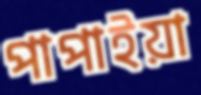
পাপাইয়া